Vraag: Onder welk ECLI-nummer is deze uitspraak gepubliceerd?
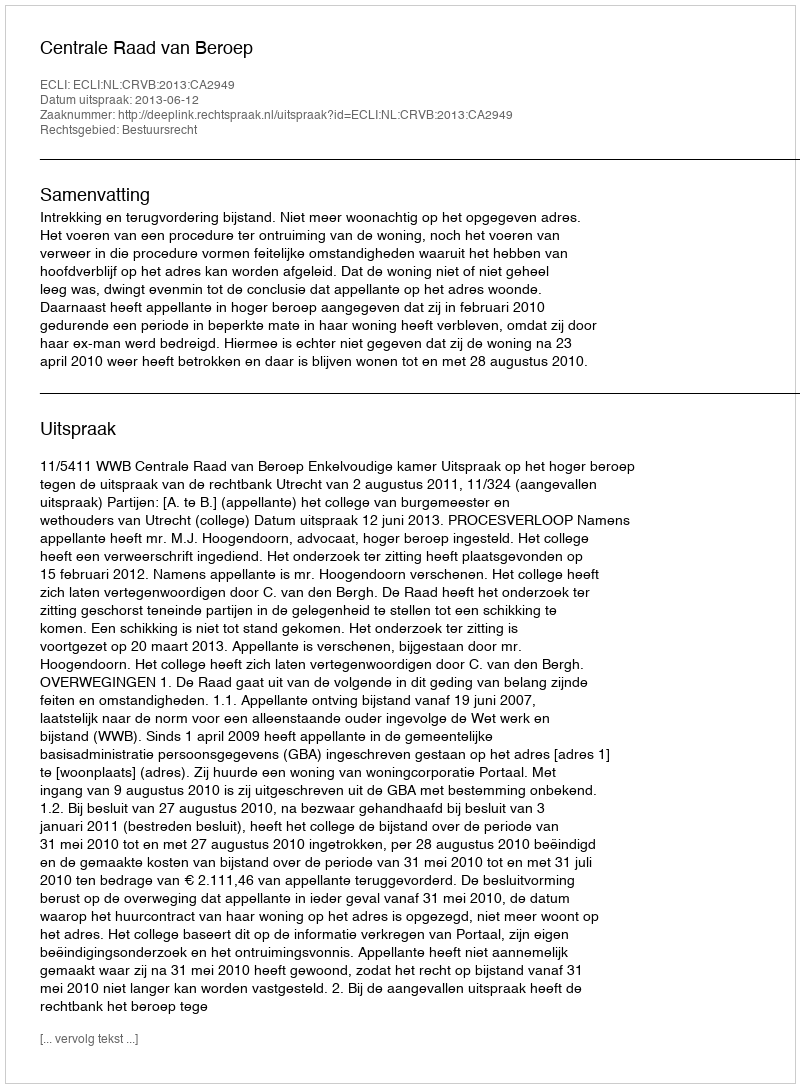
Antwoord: ECLI:NL:CRVB:2013:CA2949